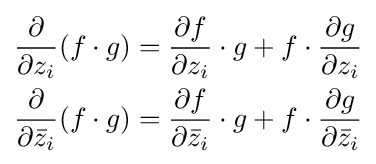
{\begin{aligned}{\frac {\partial }{\partial z_{i}}}(f\cdot g)&={\frac {\partial f}{\partial z_{i}}}\cdot g+f\cdot {\frac {\partial g}{\partial z_{i}}}\\{\frac {\partial }{\partial {\bar {z}}_{i}}}(f\cdot g)&={\frac {\partial f}{\partial {\bar {z}}_{i}}}\cdot g+f\cdot {\frac {\partial g}{\partial {\bar {z}}_{i}}}\end{aligned}}